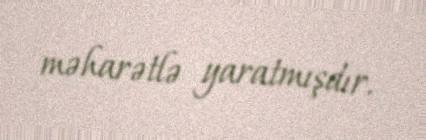
məharətlə yaratmışdır.